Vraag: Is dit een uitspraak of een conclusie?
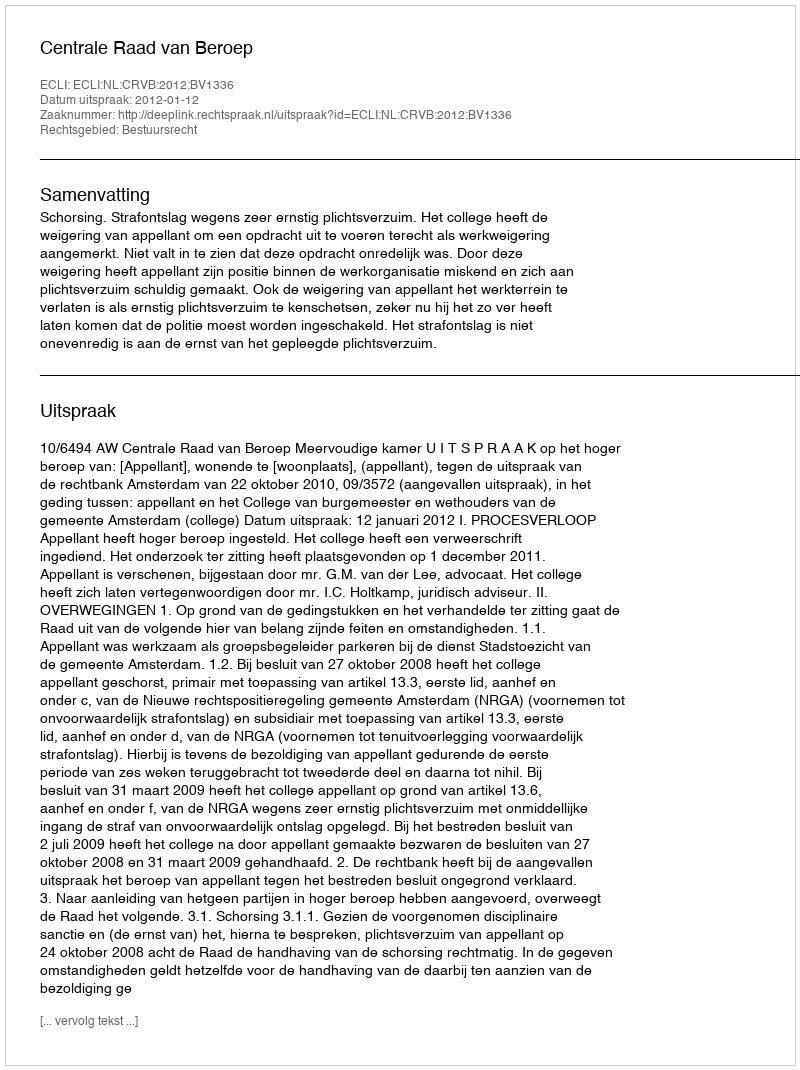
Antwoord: Uitspraak